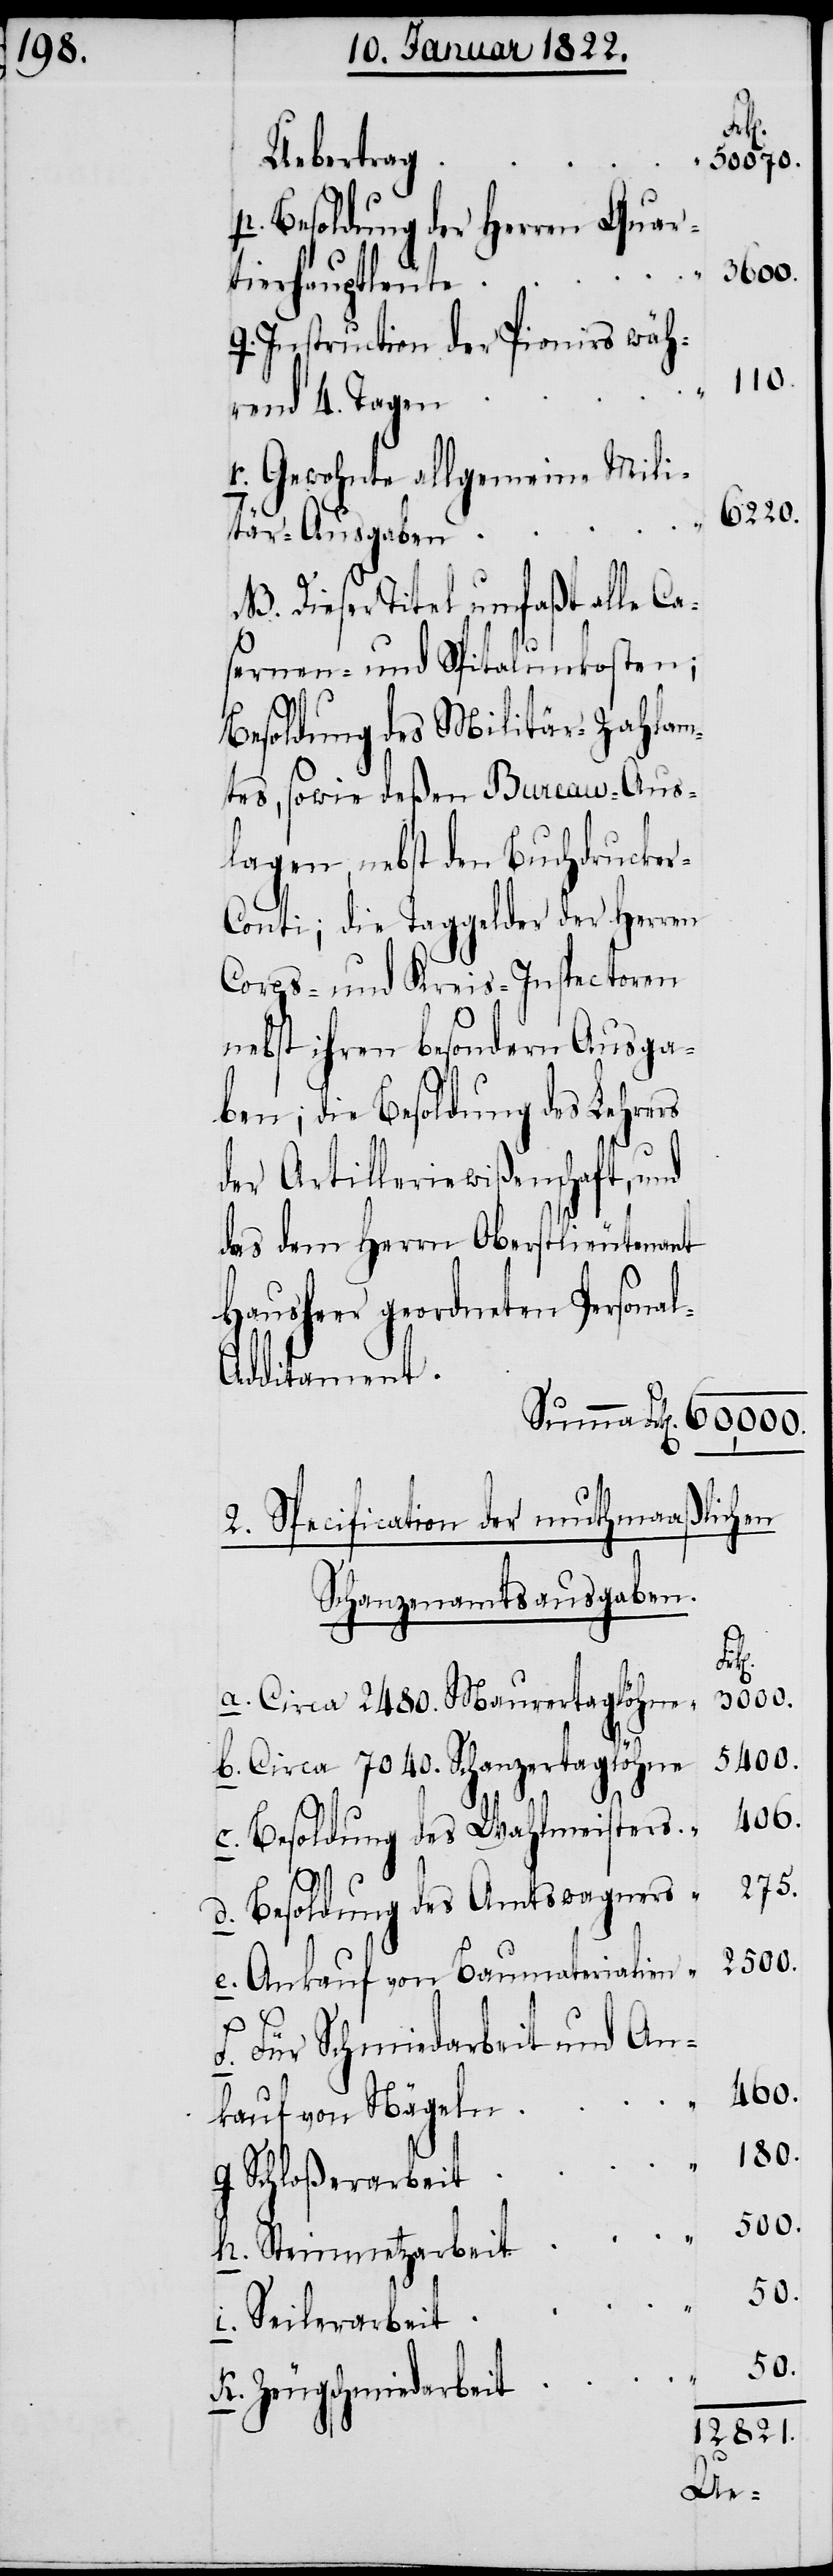
Uebertrag
p. Besoldung der Herren Quar¬
tierhauptleute
q. Instruction der Pionirs wäh¬
rend 4. Tagen
r. Gewohnte allgemeine Mili¬
tär-Ausgaben
NB. Dieser Titel umfaßt alle Cas¬
ernen- und Spitalunkosten;
Besoldung des Militär-Zahlam¬
tes, sowie deßen Bureau-Aus¬
lagen, nebst den Buchdrucke¬
onti; die Taggelder der Herren
Corps- und Kreis-Inspectoren
nebst ihren besondern Ausga¬
ben; die Besoldung des Lehrers
der Artilleriewißenschaft und
das dem Herrn Oberstlieutenant
Hausheer geordneten Persona¬
l-Additament.
2. Specification der muthmaaßlichen
Schanzenamtsausgaben.
r-C¬
3000.
a. Circa 2480. Maurertaglöhne
5400.
b. Circa 7040. Schanzertaglöhne
406.
c. Besoldung des Wahlmeisters
275.
d. Besoldung des Amtswagens
2500.
e. Ankauf von Baumaterialien
f. Für Schmiedarbeit und An¬
460.
kauf von Nägeln
180.
g. Schloßerarbeit
500.
h. Steinmetzarbeit
i. Seilerarbeit
50.
k. Zeugschmiedarbeit

50070.
60,000.
110.
6220.